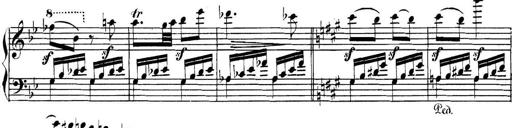
Title: Collected Piano Sonatas
Composer: Muzio Clementi